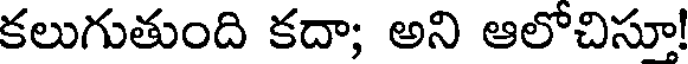
కలుగుతుంది కదా; అని ఆలోచిసూ!